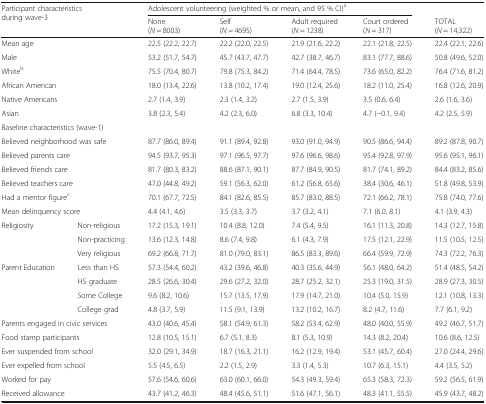
<table><thead><tr><td rowspan="2" colspan="2"><b>Participant characteristics during wave-3</b></td><td colspan="4"><b>Adolescent volunteering (weighted % or mean, and 95 % CI)<sup>a</sup></b></td><td></td></tr><tr><td><b>None(<i>N</i> = 8003)</b></td><td><b>Self(<i>N</i> = 4695)</b></td><td><b>Adult required(<i>N</i> = 1238)</b></td><td><b>Court ordered(<i>N</i> = 317)</b></td><td><b>TOTAL(<i>N</i> = 14,322)</b></td></tr></thead><tbody><tr><td colspan="2">Mean age</td><td>22.5 (22.2, 22.7)</td><td>22.2 (22.0, 22.5)</td><td>21.9 (21.6, 22.2)</td><td>22.1 (21.8, 22.5)</td><td>22.4 (22.1, 22.6)</td></tr><tr><td colspan="2">Male</td><td>53.2 (51.7, 54.7)</td><td>45.7 (43.7, 47.7)</td><td>42.7 (38.7, 46.7)</td><td>83.1 (77.7, 88.6)</td><td>50.8 (49.6, 52.0)</td></tr><tr><td colspan="2">White<sup>b</sup></td><td>75.5 (70.4, 80.7)</td><td>79.8 (75.3, 84.2)</td><td>71.4 (64.4, 78.5)</td><td>73.6 (65.0, 82.2)</td><td>76.4 (71.6, 81.2)</td></tr><tr><td colspan="2">African American</td><td>18.0 (13.4, 22.6)</td><td>13.8 (10.2, 17.4)</td><td>19.0 (12.4, 25.6)</td><td>18.2 (11.0, 25.4)</td><td>16.8 (12.6, 20.9)</td></tr><tr><td colspan="2">Native Americans</td><td>2.7 (1.4, 3.9)</td><td>2.3 (1.4, 3.2)</td><td>2.7 (1.5, 3.9)</td><td>3.5 (0.6, 6.4)</td><td>2.6 (1.6, 3.6)</td></tr><tr><td colspan="2">Asian</td><td>3.8 (2.3, 5.4)</td><td>4.2 (2.3, 6.0)</td><td>6.8 (3.3, 10.4)</td><td>4.7 (−0.1, 9.4)</td><td>4.2 (2.5, 5.9)</td></tr><tr><td colspan="7">Baseline characteristics (wave-1)</td></tr><tr><td colspan="2">Believed neighborhood was safe</td><td>87.7 (86.0, 89.4)</td><td>91.1 (89.4, 92.8)</td><td>93.0 (91.0, 94.9)</td><td>90.5 (86.6, 94.4)</td><td>89.2 (87.8, 90.7)</td></tr><tr><td colspan="2">Believed parents care</td><td>94.5 (93.7, 95.3)</td><td>97.1 (96.5, 97.7)</td><td>97.6 (96.6, 98.6)</td><td>95.4 (92.8, 97.9)</td><td>95.6 (95.1, 96.1)</td></tr><tr><td colspan="2">Believed friends care</td><td>81.7 (80.3, 83.2)</td><td>88.6 (87.1, 90.1)</td><td>87.7 (84.9, 90.5)</td><td>81.7 (74.1, 89.2)</td><td>84.4 (83.2, 85.6)</td></tr><tr><td colspan="2">Believed teachers care</td><td>47.0 (44.8, 49.2)</td><td>59.1 (56.3, 62.0)</td><td>61.2 (56.8, 65.6)</td><td>38.4 (30.6, 46.1)</td><td>51.8 (49.8, 53.9)</td></tr><tr><td colspan="2">Had a mentor figure<sup>c</sup></td><td>70.1 (67.7, 72.5)</td><td>84.1 (82.6, 85.5)</td><td>85.7 (83.0, 88.5)</td><td>72.1 (66.2, 78.1)</td><td>75.8 (74.0, 77.6)</td></tr><tr><td colspan="2">Mean delinquency score</td><td>4.4 (4.1, 4.6)</td><td>3.5 (3.3, 3.7)</td><td>3.7 (3.2, 4.1)</td><td>7.1 (6.0, 8.1)</td><td>4.1 (3.9, 4.3)</td></tr><tr><td rowspan="3">Religiosity</td><td>Non-religious</td><td>17.2 (15.3, 19.1)</td><td>10.4 (8.8, 12.0)</td><td>7.4 (5.4, 9.5)</td><td>16.1 (11.3, 20.8)</td><td>14.3 (12.7, 15.8)</td></tr><tr><td>Non-practicing</td><td>13.6 (12.3, 14.8)</td><td>8.6 (7.4, 9.8)</td><td>6.1 (4.3, 7.9)</td><td>17.5 (12.1, 22.9)</td><td>11.5 (10.5, 12.5)</td></tr><tr><td>Very religious</td><td>69.2 (66.8, 71.7)</td><td>81.0 (79.0, 83.1)</td><td>86.5 (83.3, 89.6)</td><td>66.4 (59.9, 72.9)</td><td>74.3 (72.2, 76.3)</td></tr><tr><td rowspan="4">Parent Education</td><td>Less than HS</td><td>57.3 (54.4, 60.2)</td><td>43.2 (39.6, 46.8)</td><td>40.3 (35.6, 44.9)</td><td>56.1 (48.0, 64.2)</td><td>51.4 (48.5, 54.2)</td></tr><tr><td>HS graduate</td><td>28.5 (26.6, 30.4)</td><td>29.6 (27.2, 32.0)</td><td>28.7 (25.2, 32.1)</td><td>25.3 (19.0, 31.5)</td><td>28.9 (27.3, 30.5)</td></tr><tr><td>Some College</td><td>9.6 (8.2, 10.6)</td><td>15.7 (13.5, 17.9)</td><td>17.9 (14.7, 21.0)</td><td>10.4 (5.0, 15.9)</td><td>12.1 (10.8, 13.3)</td></tr><tr><td>College grad</td><td>4.8 (3.7, 5.9)</td><td>11.5 (9.1, 13.9)</td><td>13.2 (10.2, 16.7)</td><td>8.2 (4.7, 11.6)</td><td>7.7 (6.1, 9.2)</td></tr><tr><td colspan="2">Parents engaged in civic services</td><td>43.0 (40.6, 45.4)</td><td>58.1 (54.9, 61.3)</td><td>58.2 (53.4, 62.9)</td><td>48.0 (40.0, 55.9)</td><td>49.2 (46.7, 51.7)</td></tr><tr><td colspan="2">Food stamp participants</td><td>12.8 (10.5, 15.1)</td><td>6.7 (5.1, 8.3)</td><td>8.1 (5.3, 10.9)</td><td>14.3 (8.2, 20.4)</td><td>10.6 (8.6, 12.5)</td></tr><tr><td colspan="2">Ever suspended from school</td><td>32.0 (29.1, 34.9)</td><td>18.7 (16.3, 21.1)</td><td>16.2 (12.9, 19.4)</td><td>53.1 (45.7, 60.4)</td><td>27.0 (24.4, 29.6)</td></tr><tr><td colspan="2">Ever expelled from school</td><td>5.5 (4.5, 6.5)</td><td>2.2 (1.5, 2.9)</td><td>3.3 (1.4, 5.3)</td><td>10.7 (6.3, 15.1)</td><td>4.4 (3.5, 5.2)</td></tr><tr><td colspan="2">Worked for pay</td><td>57.6 (54.6, 60.6)</td><td>63.0 (60.1, 66.0)</td><td>54.3 (49.3, 59.4)</td><td>65.3 (58.3, 72.3)</td><td>59.2 (56.5, 61.9)</td></tr><tr><td colspan="2">Received allowance</td><td>43.7 (41.2, 46.3)</td><td>48.4 (45.6, 51.1)</td><td>51.6 (47.1, 56.1)</td><td>48.3 (41.1, 55.5)</td><td>45.9 (43.7, 48.2)</td></tr></tbody></table>